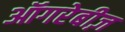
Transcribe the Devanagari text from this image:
ऑगरेबीज़